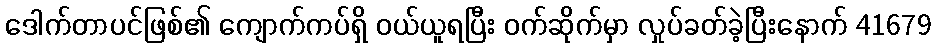
ဒေါက်တာပင်ဖြစ်၏ ကျောက်ကပ်ရှိ ဝယ်ယူရပြီး ဝက်ဆိုက်မှာ လှုပ်ခတ်ခဲ့ပြီးနောက် 41679